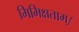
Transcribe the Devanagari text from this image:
मिमिक्षताम्।